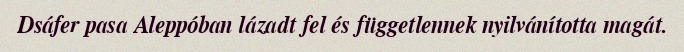
Dsáfer pasa Aleppóban lázadt fel és függetlennek nyilvánította magát.